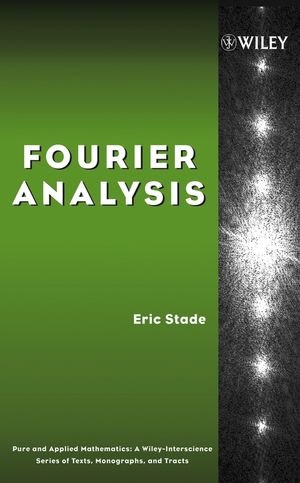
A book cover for Fourier Analysis; Eric Stade; Science & Math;